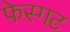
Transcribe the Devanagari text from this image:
फेस्गट